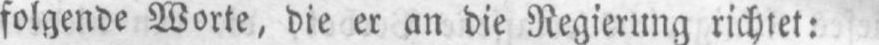
folgende Worte, die er an die Regierung richtet: